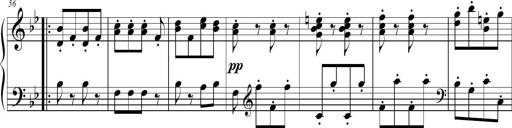
Title: 2 Sonatines faciles et brillantes pour le piano-forte seul
Composer: Carl Czerny